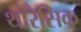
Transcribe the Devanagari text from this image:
थोरैसिक